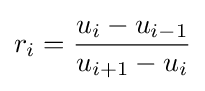
r_{i}={\frac {u_{i}-u_{i-1}}{u_{i+1}-u_{i}}}